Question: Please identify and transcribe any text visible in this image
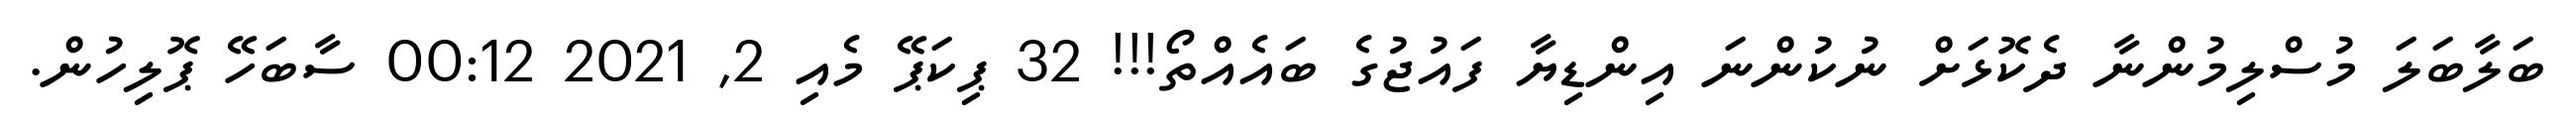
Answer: ބަލާބަލަ މުސްލިމުންނާ ދެކޮޅަށް ނުކުންނަ އިންޑިޔާ ފައުޖުގެ ބައެއްތޯ!!! 32 ޕިކަޕޭ މެއި 2, 2021 00:12 ސާބަހޭ ޕޮލިހުން.